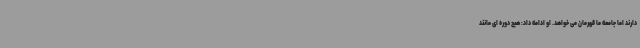
دارند اما جامعه ما قهرمان می خواهد. او ادامه داد: هیچ دوره ای مانند